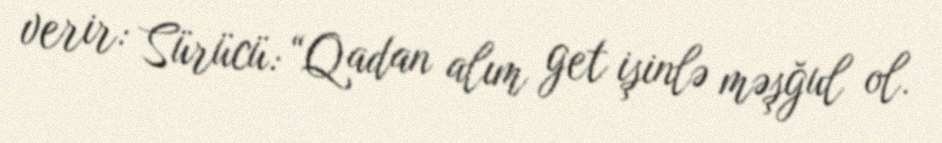
verir: Sürücü: “Qadan alım get işinlə məşğul ol.